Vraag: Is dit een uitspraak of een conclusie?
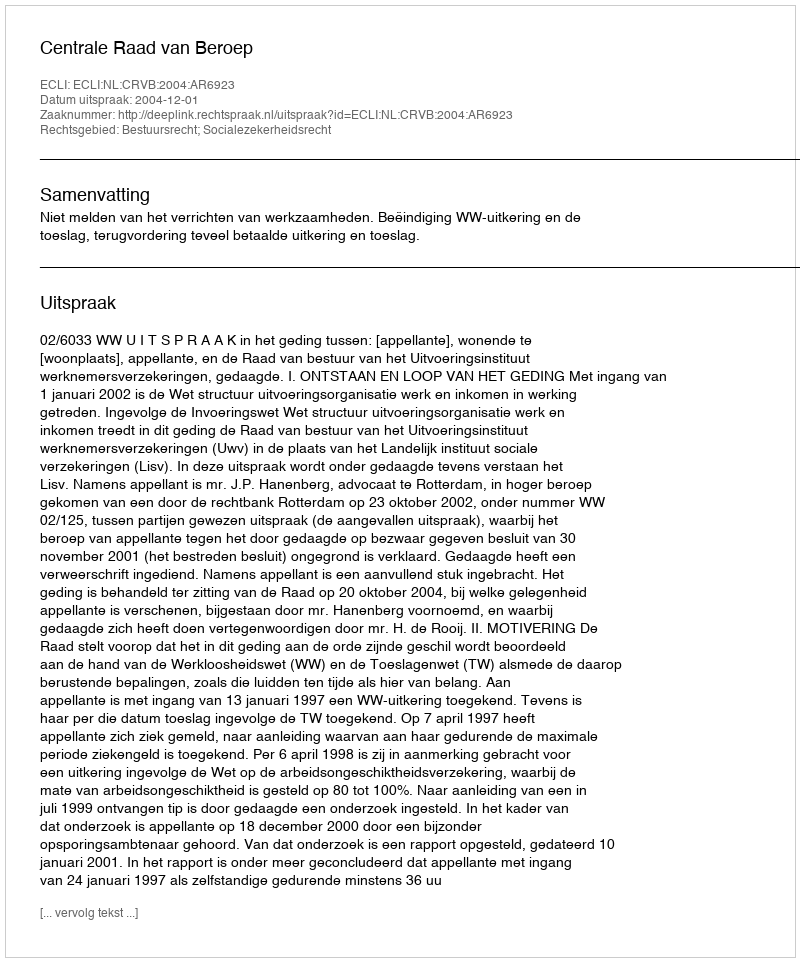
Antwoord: Uitspraak